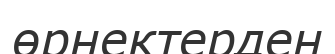
өрнектерден